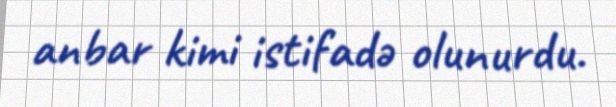
anbar kimi istifadə olunurdu.